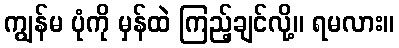
ကျွန်မ ပုံကို မှန်ထဲ ကြည့်ချင်လို့။ ရမလား။